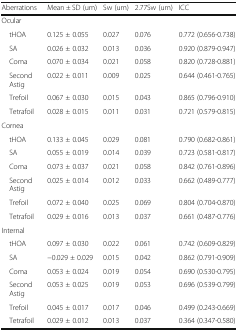
<table><thead><tr><td><b>Aberrations</b></td><td><b>Mean ± SD (um)</b></td><td><b>Sw (um)</b></td><td><b>2.77Sw (um)</b></td><td><b>ICC</b></td></tr></thead><tbody><tr><td colspan="5">Ocular</td></tr><tr><td> tHOA</td><td>0.125 ± 0.055</td><td>0.027</td><td>0.076</td><td>0.772 (0.656-0.738)</td></tr><tr><td> SA</td><td>0.026 ± 0.032</td><td>0.013</td><td>0.036</td><td>0.920 (0.879-0.947)</td></tr><tr><td> Coma</td><td>0.070 ± 0.034</td><td>0.021</td><td>0.058</td><td>0.820 (0.728-0.881)</td></tr><tr><td> Second Astig</td><td>0.022 ± 0.011</td><td>0.009</td><td>0.025</td><td>0.644 (0.461-0.765)</td></tr><tr><td> Trefoil</td><td>0.067 ± 0.030</td><td>0.015</td><td>0.043</td><td>0.865 (0.796-0.910)</td></tr><tr><td> Tetrafoil</td><td>0.028 ± 0.015</td><td>0.011</td><td>0.031</td><td>0.721 (0.579-0.815)</td></tr><tr><td colspan="5">Cornea</td></tr><tr><td> tHOA</td><td>0.133 ± 0.045</td><td>0.029</td><td>0.081</td><td>0.790 (0.682-0.861)</td></tr><tr><td> SA</td><td>0.055 ± 0.019</td><td>0.014</td><td>0.039</td><td>0.723 (0.581-0.817)</td></tr><tr><td> Coma</td><td>0.073 ± 0.037</td><td>0.021</td><td>0.058</td><td>0.842 (0.761-0.896)</td></tr><tr><td> Second Astig</td><td>0.025 ± 0.014</td><td>0.012</td><td>0.033</td><td>0.662 (0.489-0.777)</td></tr><tr><td> Trefoil</td><td>0.072 ± 0.040</td><td>0.025</td><td>0.069</td><td>0.804 (0.704-0.870)</td></tr><tr><td> Tetrafoil</td><td>0.029 ± 0.016</td><td>0.013</td><td>0.037</td><td>0.661 (0.487-0.776)</td></tr><tr><td colspan="5">Internal</td></tr><tr><td> tHOA</td><td>0.097 ± 0.030</td><td>0.022</td><td>0.061</td><td>0.742 (0.609-0.829)</td></tr><tr><td> SA</td><td>−0.029 ± 0.029</td><td>0.015</td><td>0.042</td><td>0.862 (0.791-0.909)</td></tr><tr><td> Coma</td><td>0.053 ± 0.024</td><td>0.019</td><td>0.054</td><td>0.690 (0.530-0.795)</td></tr><tr><td> Second Astig</td><td>0.053 ± 0.025</td><td>0.019</td><td>0.053</td><td>0.696 (0.539-0.799)</td></tr><tr><td> Trefoil</td><td>0.045 ± 0.017</td><td>0.017</td><td>0.046</td><td>0.499 (0.243-0.669)</td></tr><tr><td> Tetrafoil</td><td>0.029 ± 0.012</td><td>0.013</td><td>0.037</td><td>0.364 (0.347-0.580)</td></tr></tbody></table>